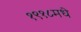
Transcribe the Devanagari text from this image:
१९१८मधे